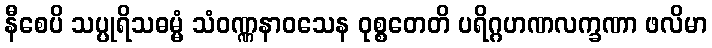
နီစေပိ သပ္ပုရိသဓမ္မံ သံဝဏ္ဏနာဝသေန ဝုစ္စတေတိ ပရိဂ္ဂဟဏလက္ခဏာ ဖလိမာ